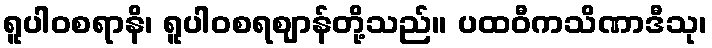
ရူပါဝစရာနိ၊ ရူပါဝစရဈာန်တို့သည်။ ပထဝီကသိဏာဒီသု၊